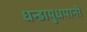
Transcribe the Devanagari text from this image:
धन्डायुधपानी